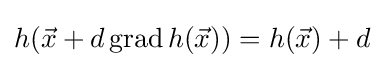
h({\vec {x}}+d\operatorname {grad} h({\vec {x}}))=h({\vec {x}})+d\;